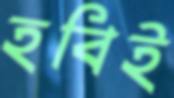
হবিই